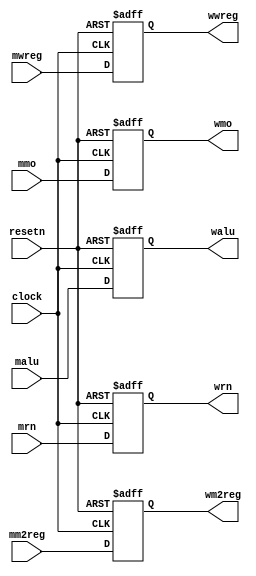
//MEM/WB register
module pipemwreg (mwreg,mm2reg,mmo,malu,mrn,clock,resetn,wwreg,wm2reg,wmo,walu,wrn);     
       
	input  		  mwreg,mm2reg,clock,resetn;
	input  [31:0] mmo,malu;
	input  [4:0]  mrn;

	output 		  wwreg,wm2reg;
	output [31:0] wmo,walu;
	output [4:0]  wrn;

	reg 		  wwreg,wm2reg;
	reg [31:0] 	  wmo,walu;
	reg [4:0] 	  wrn;

	always @ (negedge resetn or posedge clock)
	if (resetn == 0)
		begin
			wwreg  <=  1'b0;
			wm2reg <=  1'b0;
			wmo    <= 32'b0;
			walu   <= 32'b0;
			wrn    <=  5'b0;
		end
	else
		begin 
			wwreg  <= mwreg;
			wm2reg <= mm2reg;
			wmo    <= mmo;
			walu   <= malu;
			wrn    <= mrn;
		end

endmodule